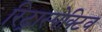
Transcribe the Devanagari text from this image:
रिट्रास्पेक्टिव